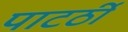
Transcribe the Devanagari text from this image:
पाटर्ठी